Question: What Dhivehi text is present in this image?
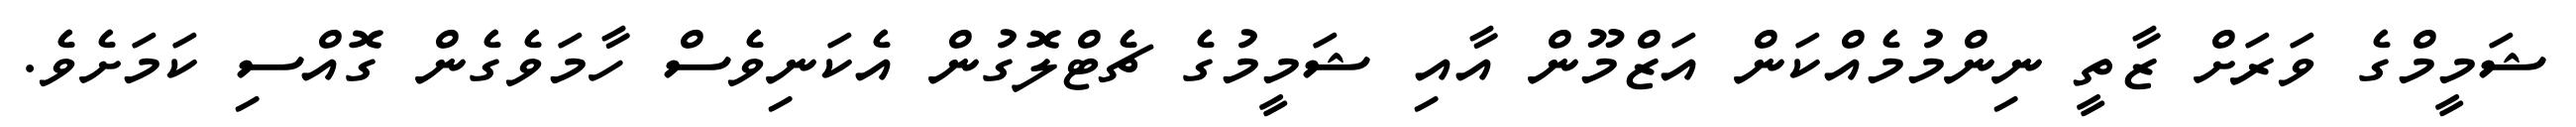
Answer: ޝަމީމްގެ ވަރަށް ޒާތީ ނިންމުމެއްކަން އަޒްމޫން އާއި ޝަމީމުގެ ޗެޓްލޮގުން އެކަނިވެސް ހާމަވެގެން ގޮއްސި ކަމަށެވެ.